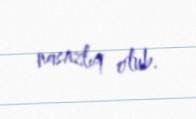
nasazlıq olub.